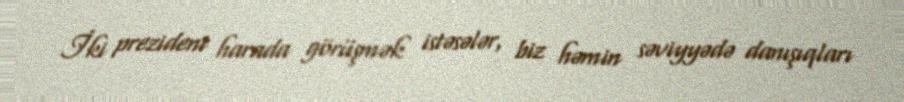
İki prezident harada görüşmək istəsələr, biz həmin səviyyədə danışıqları